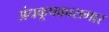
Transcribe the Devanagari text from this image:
अंधकूपकारागार